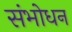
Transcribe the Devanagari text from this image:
संभोधन